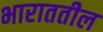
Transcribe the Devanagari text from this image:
भाराततील